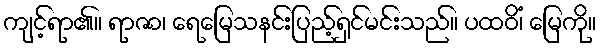
ကျင့်ရာ၏။ ရာဇာ၊ ရေမြေသနင်းပြည့်ရှင်မင်းသည်။ ပထဝိံ၊ မြေကို။